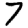
Digit: 7